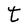
Character: t